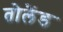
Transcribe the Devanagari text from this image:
तोलैंड